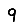
Digit: 9